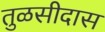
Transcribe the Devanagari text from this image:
तुळसीदास